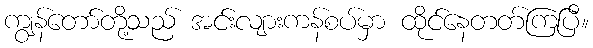
ကျွန်တော်တို့သည် အင်းလျားကန်စပ်မှာ ထိုင်နေတတ်ကြပြီ။